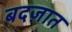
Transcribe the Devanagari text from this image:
बदज़ात